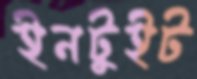
ইনটুইট